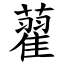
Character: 藋